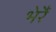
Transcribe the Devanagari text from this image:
भेरैं